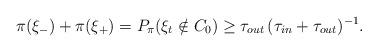
LaTeX: \begin{align*} \pi (\xi_-) + \pi (\xi_+) = P_{\pi} (\xi_t \notin C_0) \geq \tau_{out} \,(\tau_{in} + \tau_{out})^{-1}.\end{align*}